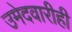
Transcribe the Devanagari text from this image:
उमेदवारीही